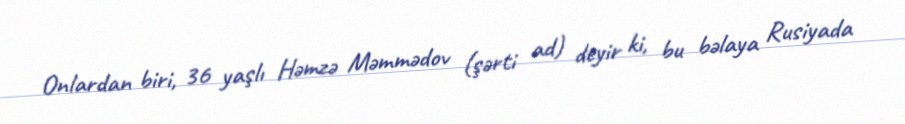
Onlardan biri, 36 yaşlı Həmzə Məmmədov (şərti ad) deyir ki, bu bəlaya Rusiyada